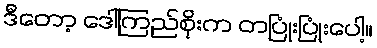
ဒီတော့ ဒေါ်ကြည်စိုးက တပြုံးပြုံးပေါ့။